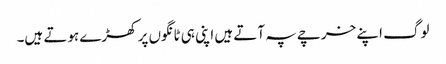
لوگ اپنے خرچے پہ آتے ہیں اپنی ہی ٹانگوں پر کھڑے ہوتے ہیں۔